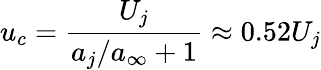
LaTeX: u_{c}=\frac{U_{j}}{a_{j}/a_{\infty}+1}\approx 0.52U_{j}